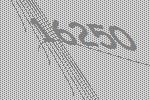
16250